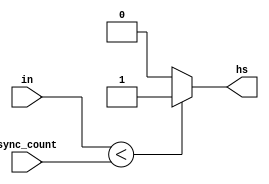
`timescale 1ns / 1ps
//////////////////////////////////////////////////////////////////////////////////
// Company: 
// Engineer: 
// 
// Design Name: 
// Module Name: Comparator
// Project Name: 
// Target Devices: 
// Tool Versions: 
// Description: 
// 
// Dependencies: 
// 
// Revision:
// Revision 0.01 - File Created
// Additional Comments:
// 
//////////////////////////////////////////////////////////////////////////////////


module Comparator(
    input [9:0] in,
    input [9:0] sync_count,
    output hs
    );
    
    assign hs = (in < sync_count) ? 1'b1 : 1'b0;
    
endmodule